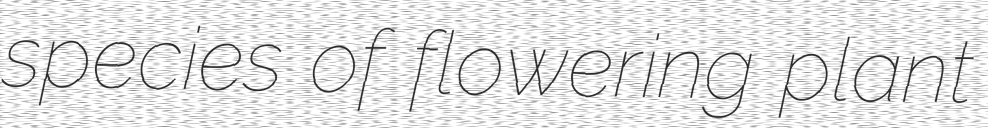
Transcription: species of flowering plant